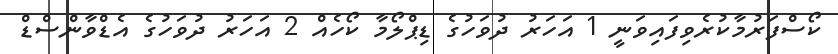
ކޯސްފަރުމާކުރެވިފައިވަނީ 1 އަހަރު ދުވަހުގެ ޑިޕްލޯމާ ކޯހެއް 2 އަހަރު ދުވަހުގެ އެޑްވާންސްޑް